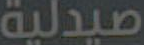
صيدلية